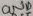
Text: GND